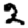
Digit: 2